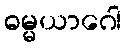
ဓမ္မယာဂေါ